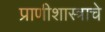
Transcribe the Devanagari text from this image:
प्राणीशास्त्राचे